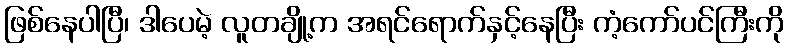
ဖြစ်နေပါပြီ၊ ဒါပေမဲ့ လူတချို့က အရင်ရောက်နှင့်နေပြီး ကံ့ကော်ပင်ကြီးကို